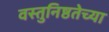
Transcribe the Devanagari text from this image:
वस्तुनिष्ठतेच्या